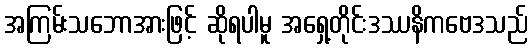
အကြမ်းသဘောအားဖြင့် ဆိုရပါမူ အရှေ့တိုင်းဒဿနိကဗေဒသည်